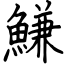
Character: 鰜